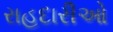
રાહદારીઓ